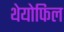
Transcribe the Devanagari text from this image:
थेयोफिल